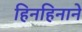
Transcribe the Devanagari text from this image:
हिनहिनाने